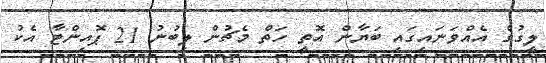
ލީގުގެ އެއްވަނައިގައި ބަޔާން އޮތީ ހަތް މެޗުން ލިބުނު 21 ޕޮއިންޓާ އެކު